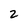
Character: z